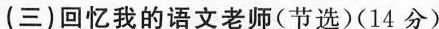
(三)回忆我的语文老师(节选)(14分)